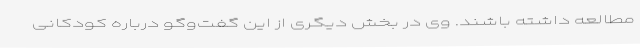
مطالعه داشته باشند. وی در بخش دیگری از این‌ گفت‌وگو درباره کودکانی